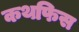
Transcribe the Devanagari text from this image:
कथफिस